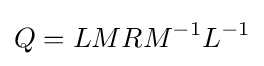
Q=LMRM^{-1}L^{-1}